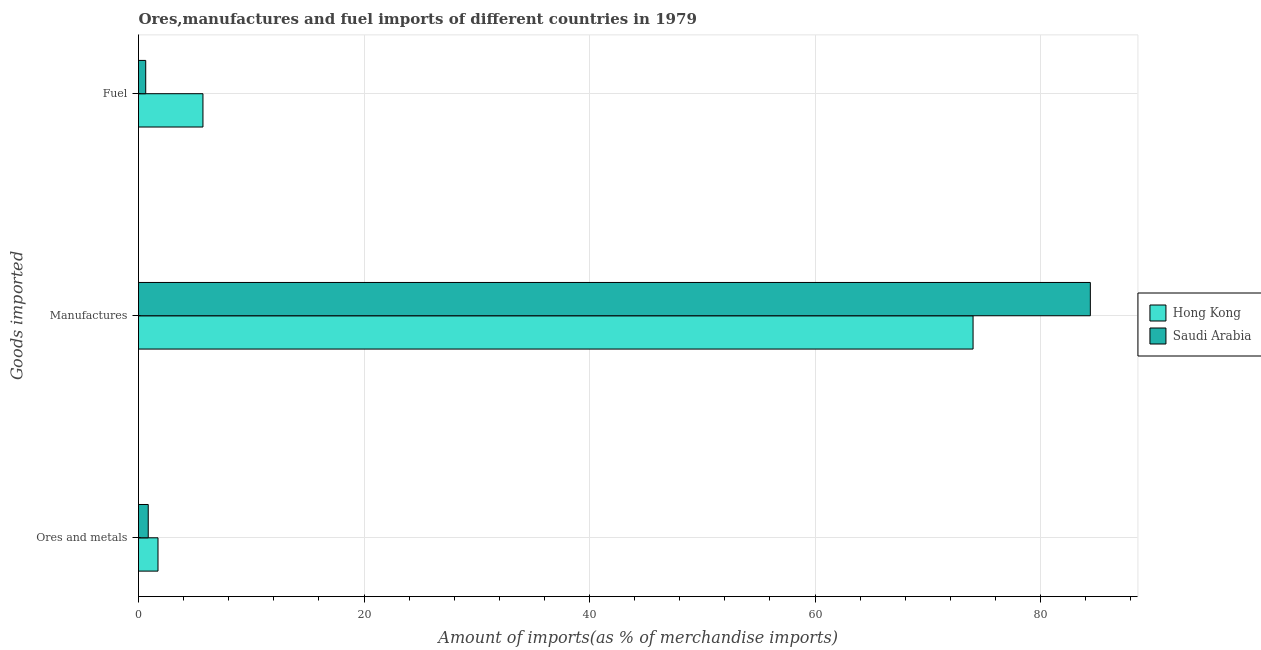
| Goods imported | Hong Kong | Saudi Arabia |
 | --- | --- | --- |
 | Ores and metals | 1.73 | 0.863 |
 | Manufactures | 74 | 84.4 |
 | Fuel | 5.72 | 0.639 |